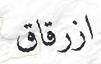
ازرقاق